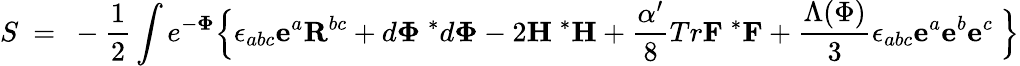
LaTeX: S~=~-\frac{1}{2}\int e^{-{\mathbf\Phi}}\Bigl\{ \epsilon_{abc}{\mathbf e}^{a}{\mathbf R}^{bc}+d{\mathbf\Phi}~{^{*}d}{\mathbf\Phi}-2{\mathbf H}~{^{*}{\mathbf H}}+{\frac{\alpha^{\prime}}{8}}Tr{\mathbf F}~{^{*}{\mathbf F}}+\frac{\Lambda(\Phi)}{3}\epsilon_{abc}{\mathbf e}^{a}{\mathbf e}^{b}{\mathbf e}^{c}~\Bigr\}